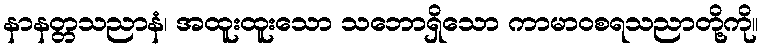
နာနတ္တသညာနံ၊ အထူးထူးသော သဘောရှိသော ကာမာဝစရသညာတို့ကို။